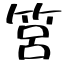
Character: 筥